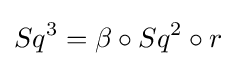
Sq^{3}=\beta \circ Sq^{2}\circ r